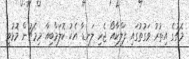
މެޗުގެ އިތުރު ވަގުތުގައި ފަލްކާއޯ ޖެހި ލަނޑާ އެކު ކޮލަމްބިއާ މިމެޗުން މޮޅުވީ